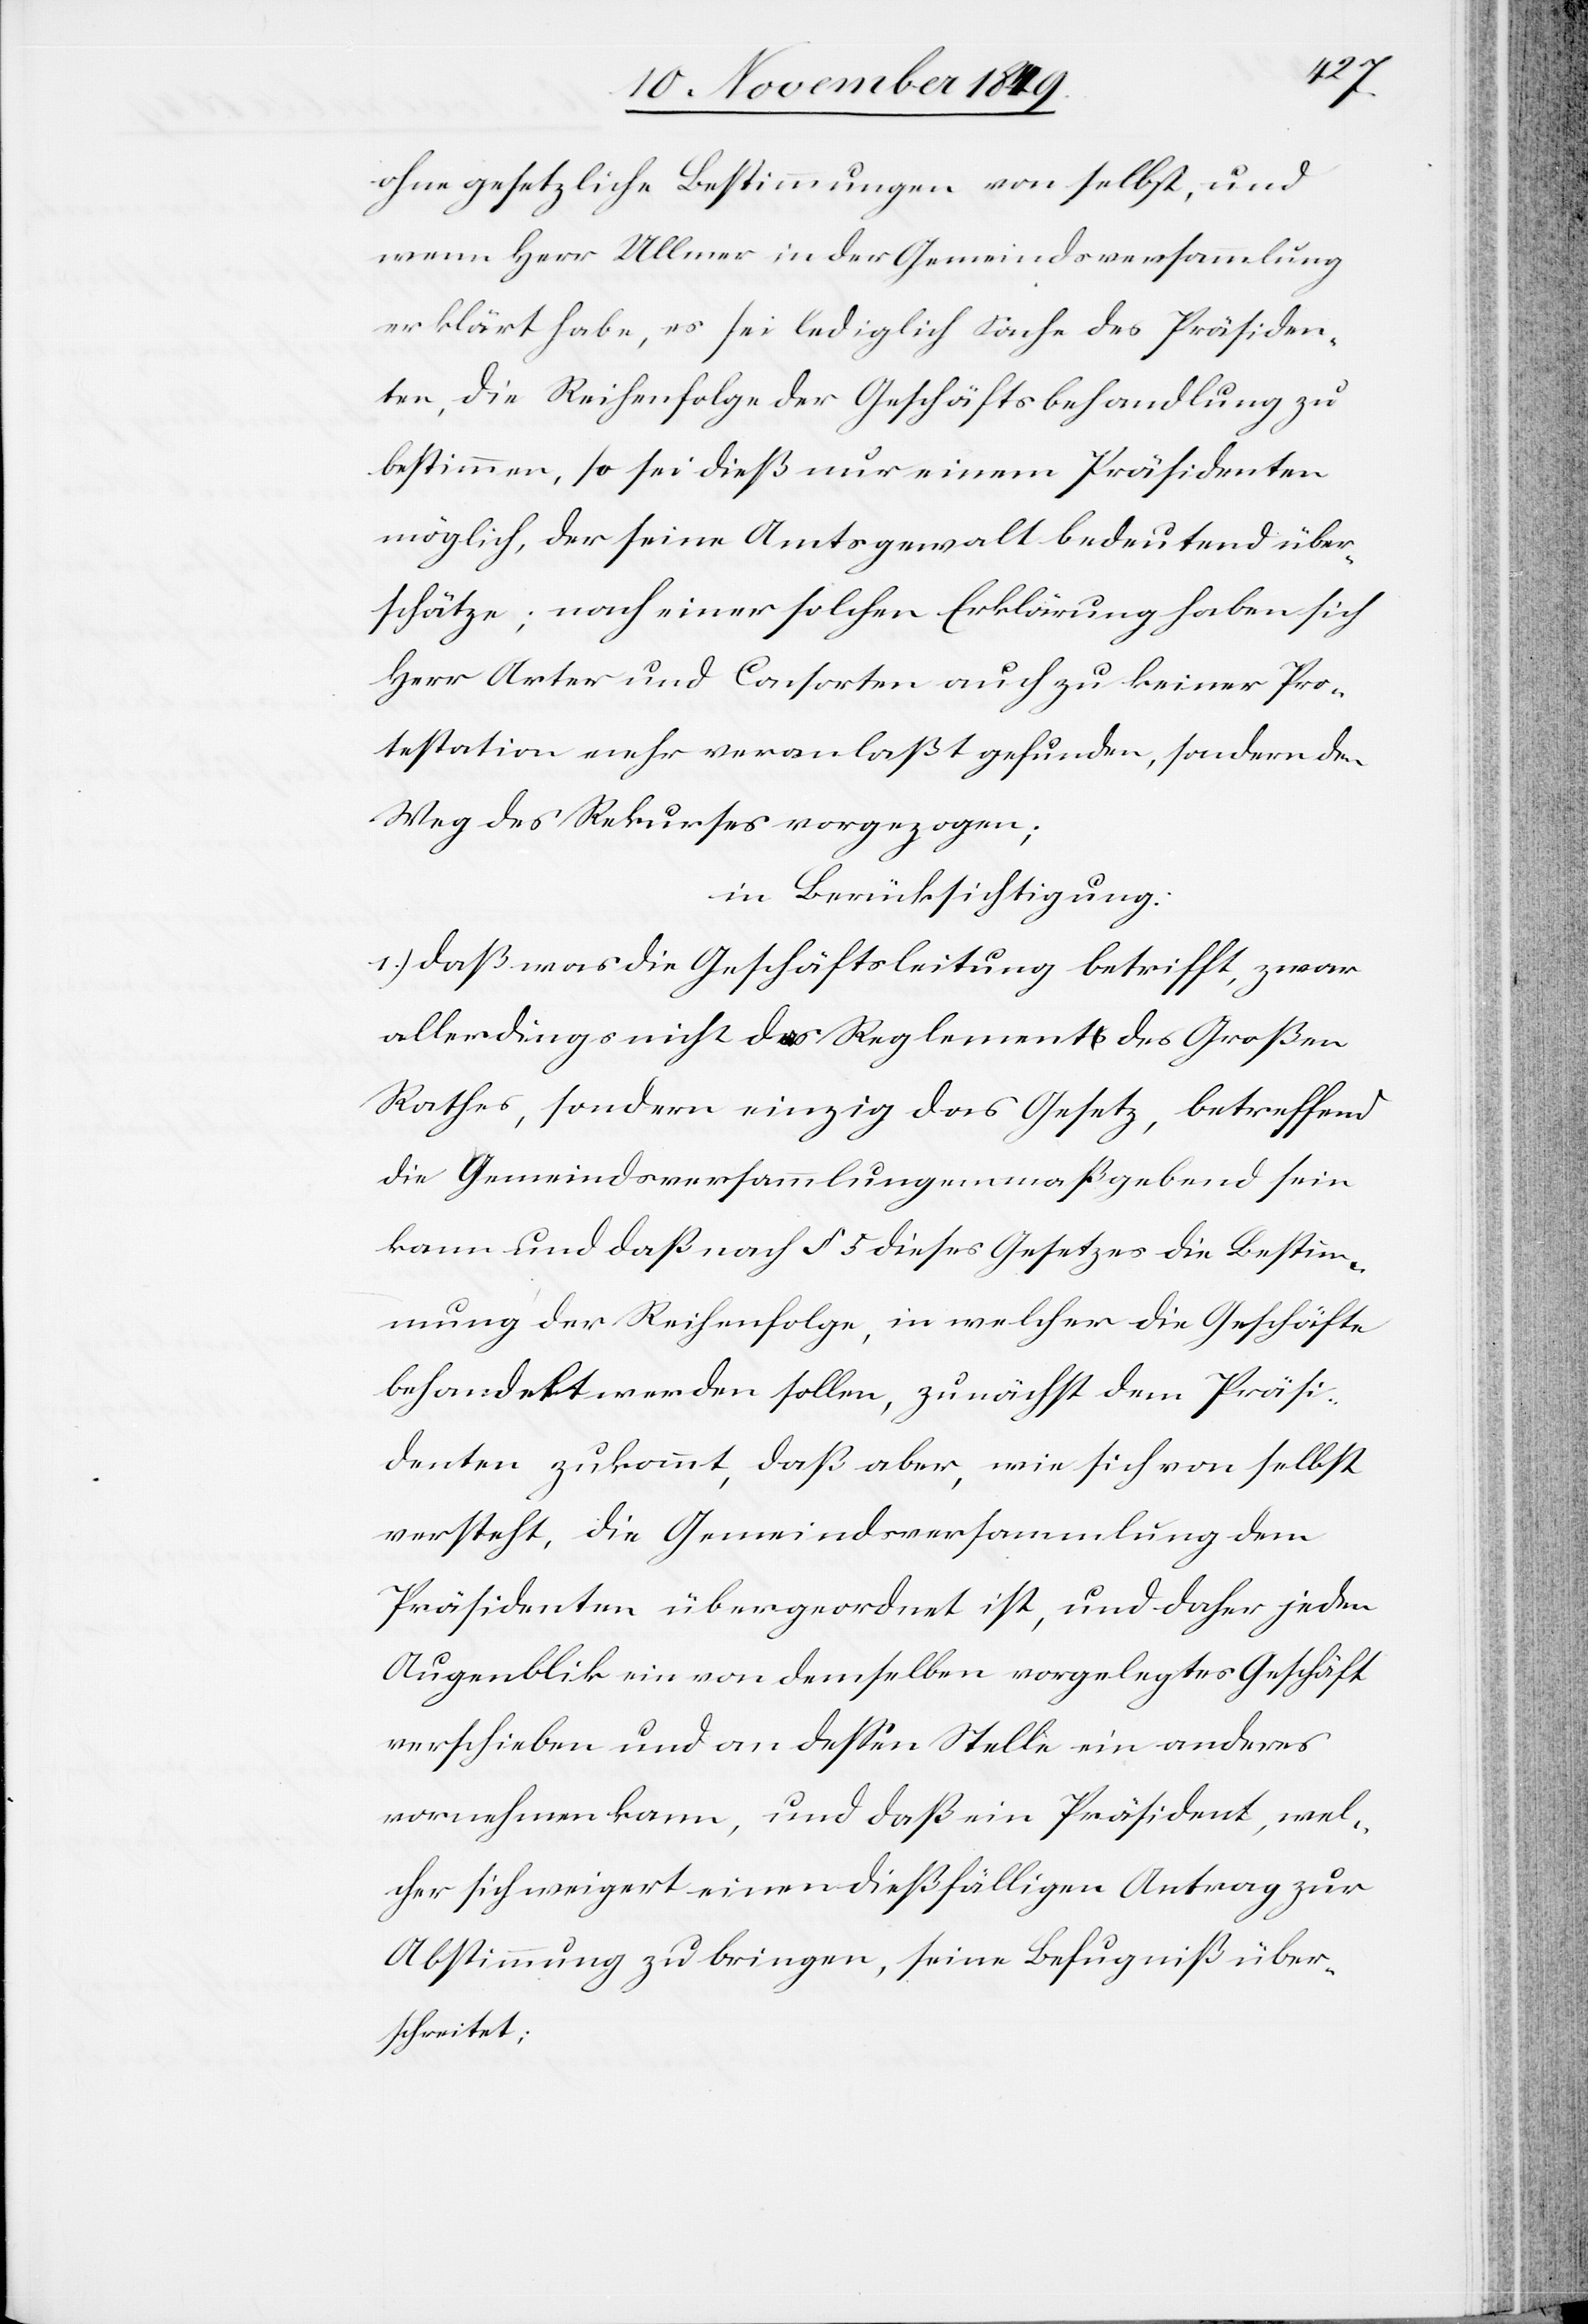
ohne gesetzliche Bestimmungen von selbst, und
wenn Herr Ullmer in der Gemeindsversammlung
erklärt habe, es sei lediglich Sache des Präsiden¬
ten, die Reihenfolge der Geschäftsbehandlung zu
bestimmen, so sei dieß nur einem Präsidenten
möglich, der seine Amtsgewalt bedeutend über¬
schätze; nach einer solchen Erklärung haben sich
Herr Arter und Consorten auch zu keiner Pro¬
testation mehr veranlaßt gefunden, sondern den
Weg des Rekurses vorgezogen:
in Berücksichtigung:
1.) daß was die Geschäftsleitung betrifft, zwar
allerdings nicht das Reglement des Großen
Rathes, sondern einzig das Gesetz, betreffend
die Gemeindsversammlung maßgebend sein
kann und zwar daß nach § 5 dieses Gesetzes die Bestim¬
mung der Reihenfolge, in welcher die Geschäfte
behandelt werden sollen, zunächst dem Präsi¬
denten zukommt, daß aber, wie sich von selbst
versteht, die Gemeindsversammlung dem
Präsidenten übergeordnet ist, und daher jeden
Augenblick ein von demselben vorgelegtes Geschäft
verschieben und an deßen Stelle ein anderes
vornehmen kann, und daß ein Präsident, wel¬
cher sich weigert einen dießfälligen Antrag zur
Abstimmung zu bringen, seine Befugniß über¬
schreitet;